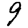
Digit: 9